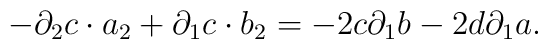
-{\partial}_{2} c \cdot a_{2}+{\partial}_{1} c \cdot b_{2}=- 2 c{\partial}_{1} b -2 d{\partial}_{1} a.